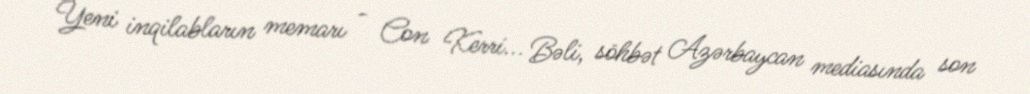
Yeni inqilabların memarı - Con Kerri... Bəli, söhbət Azərbaycan mediasında son